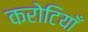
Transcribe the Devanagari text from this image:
करोटियाँ